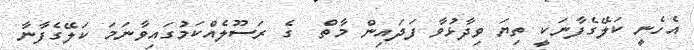
އެހެނީ ކަލޭގެފާނަކީ ތިޔަ ވިދާޅުވާ ފަދައިން މާތް  ގެ ރަސޫލެއްކަމުގައިވާނަމަ ކަލޭގެފާނާ